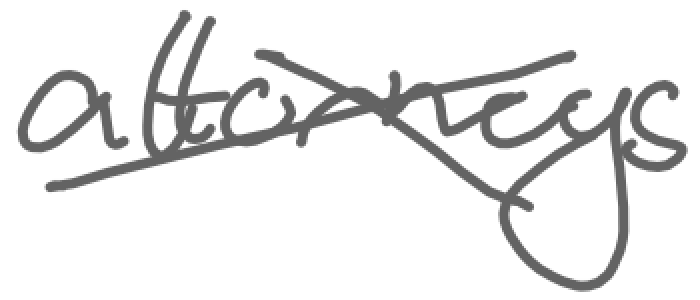
Text: attorneys
Cross-out: cross
Writing tool: digital_gray